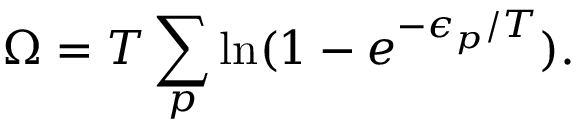
\Omega = T \sum _ { p } \ln ( 1 - e ^ { - \epsilon _ { p } / T } ) .